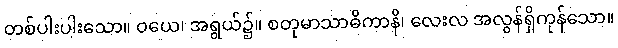
တစ်ပါးပါးသော။ ဝယေ၊ အရွယ်၌။ စတုမာသာဓိကာနိ၊ လေးလ အလွန်ရှိကုန်သော။